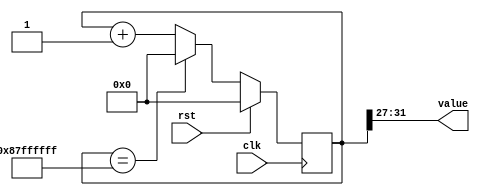
/*
   This file was generated automatically by Alchitry Labs version 1.2.7.
   Do not edit this file directly. Instead edit the original Lucid source.
   This is a temporary file and any changes made to it will be destroyed.
*/

/*
   Parameters:
     SIZE = SIZE
     DIV = DIV
     TOP = NUM_CASES
     UP = 1
*/
module counter_31 (
    input clk,
    input rst,
    output reg [4:0] value
  );
  
  localparam SIZE = 3'h5;
  localparam DIV = 5'h1b;
  localparam TOP = 5'h10;
  localparam UP = 1'h1;
  
  
  reg [31:0] M_ctr_d, M_ctr_q = 1'h0;
  
  localparam MAX_VALUE = 32'h87ffffff;
  
  always @* begin
    M_ctr_d = M_ctr_q;
    
    value = M_ctr_q[27+4-:5];
    if (1'h1) begin
      M_ctr_d = M_ctr_q + 1'h1;
      if (1'h1 && M_ctr_q == 32'h87ffffff) begin
        M_ctr_d = 1'h0;
      end
    end else begin
      M_ctr_d = M_ctr_q - 1'h1;
      if (1'h1 && M_ctr_q == 1'h0) begin
        M_ctr_d = 32'h87ffffff;
      end
    end
  end
  
  always @(posedge clk) begin
    if (rst == 1'b1) begin
      M_ctr_q <= 1'h0;
    end else begin
      M_ctr_q <= M_ctr_d;
    end
  end
  
endmodule